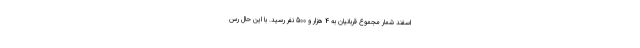
اسفند شمار مجموع قربانیان به 4 هزار و 500 نفر رسید. با این حال رس